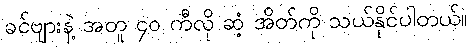
ခင်ဗျားနဲ့ အတူ ၄၀ ကီလို ဆံ့ အိတ်ကို သယ်နိုင်ပါတယ်။